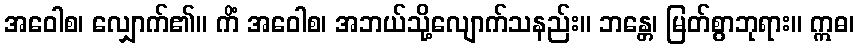
အဝေါစ၊ လျှောက်၏။ ကိံ အဝေါစ၊ အဘယ်သို့လျောက်သနည်း။ ဘန္တေ၊ မြတ်စွာဘုရား။ ဣဓ၊